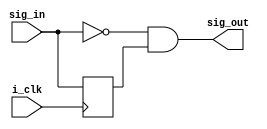
module posedge_det (i_clk, sig_in, sig_out);
input i_clk;
input sig_in;
output sig_out;

reg sig_reg;

always @(posedge i_clk) begin
sig_reg <= sig_in;
end

assign sig_out = ~sig_in & sig_reg;

endmodule